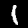
Digit: 1